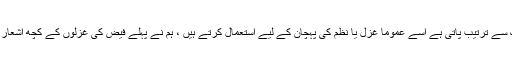
زمین دراصل کسی بھی شعری تخلیق میں ردیف اور قافیہ کے باہم اشتراک سے ترتیب پاتی ہے اِسے عموما غزل یا نظم کی پہچان کے لیے استعمال کرتے ہیں ، ہم نے پہلے فیض ؔکی غزلوں کے کچھ اشعار لکھے تھے ، میں آپ سب کی سہولت کے لیے اُنہیں دوبارہ لکھ دیتا ہوں ۔